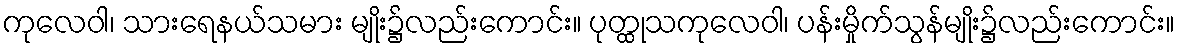
ကုလေဝါ၊ သားရေနယ်သမား မျိုး၌လည်းကောင်း။ ပုတ္ထုသကုလေဝါ၊ ပန်းမှိုက်သွန်မျိုး၌လည်းကောင်း။